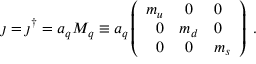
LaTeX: \jmath = \jmath ^ { \dagger } = a _ { q } M _ { q } \equiv a _ { q } \left( \begin{array} { r c l } { { m _ { u } } } & { { 0 } } & { { 0 } } \\ { { 0 } } & { { m _ { d } } } & { { 0 } } \\ { { 0 } } & { { 0 } } & { { m _ { s } } } \end{array} \right) \; .